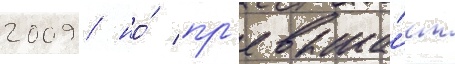
2009 / но́ пр'евыша́ет